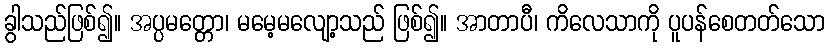
ခွါသည်ဖြစ်၍။ အပ္ပမတ္တော၊ မမေ့မလျော့သည် ဖြစ်၍။ အာတာပီ၊ ကိလေသာကို ပူပန်စေတတ်သော